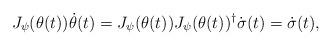
LaTeX: \begin{align*} J_\psi(\theta(t))\dot\theta(t)=J_\psi(\theta(t))J_\psi(\theta(t))^\dag\dot\sigma(t)= \dot\sigma(t), \end{align*}